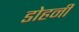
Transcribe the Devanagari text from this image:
डोहर्नी